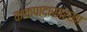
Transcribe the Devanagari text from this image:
काकपादासारखा